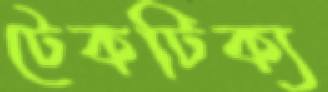
টেকটিক্য